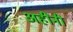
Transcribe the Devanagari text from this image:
अहींनी